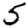
Digit: 5